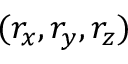
( r _ { x } , r _ { y } , r _ { z } )